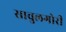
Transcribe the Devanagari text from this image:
सावुलगोरी